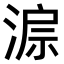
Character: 𣸔